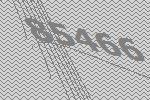
85466